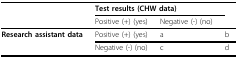
| <COLSPAN=2>  | <COLSPAN=2> Test results (CHW data) |
 | <COLSPAN=2>  | Positive (+) (yes) | Negative (-) (no) |
 | --- | --- | --- | --- |
 | Research assistant data | Positive (+) (yes) | a | b |
 |  | Negative (-) (no) | c | d |